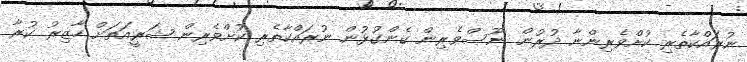
ނުރައްކާތެރި ކުށްވެރިންނާ ދުރުން ނޫސްވެރިން ގެންގުޅުން ނުރައްކާތެރި ކުށްވެރިން ޝަރީއަތަށް ހާޒިރު ކުރާ